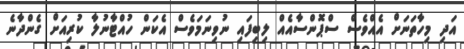
އަދި މިހާތަނަށް އެއްވެސް ސްޕޮންސާއެއް ލިބިފައި ނުވިނަމަވެސް އެކަން ހުއްޓާނުލާ ކުރިއަށް ގެންދާނެ